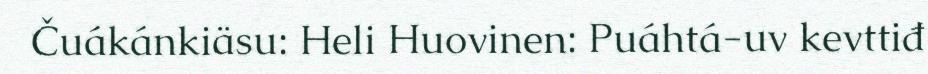
Čuákánkiäsu: Heli Huovinen: Puáhtá-uv kevttiđ